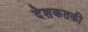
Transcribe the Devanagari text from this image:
देशकतकी